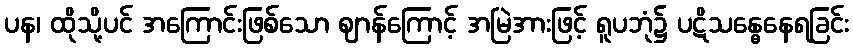
ပန၊ ထိုသို့ပင် အကြောင်းဖြစ်သော ဈာန်ကြောင့် အမြဲအားဖြင့် ရူပဘုံ၌ ပဋိသန္ဓေနေရခြင်း